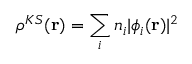
\rho ^ { K S } ( \mathbf { r } ) = \sum _ { i } n _ { i } | \phi _ { i } ( \mathbf { r } ) | ^ { 2 }